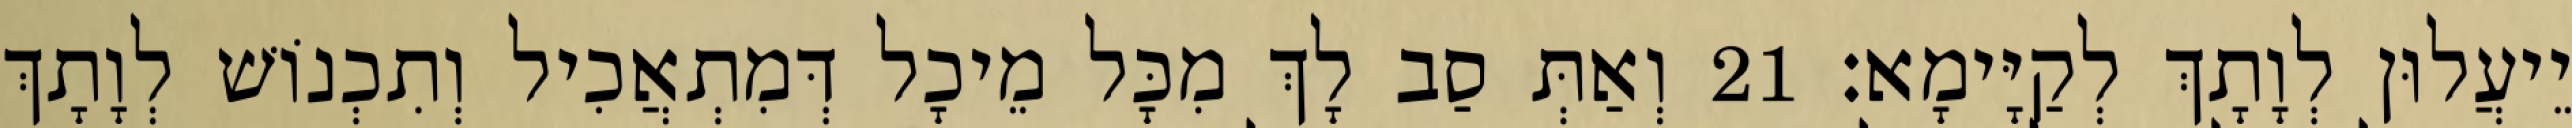
יֵיעֲלוּן לְוָתָךְ לְקַיָּימָא׃ 21 וְאַתְּ סַב לָךְ מִכָּל מֵיכָל דְּמִתְאֲכִיל וְתִכְנוֹשׁ לְוָתָךְ